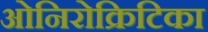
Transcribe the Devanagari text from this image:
ओनिरोक्रिटिका